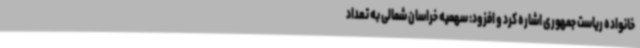
خانواده ریاست جمهوری اشاره کرد و افزود: سهمیه خراسان شمالی به تعداد